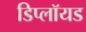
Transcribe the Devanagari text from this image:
डिप्लॉयड